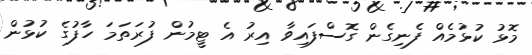
މޮޅު ކުޅުމެއް ފެނިގެން ގޮސްފައިވާ އިރު އެ ޓީމުން ފުރަތަމަ ހާފުގެ ކުޅުން